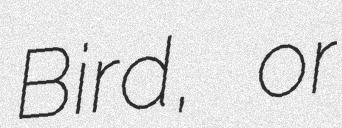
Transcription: Bird, or